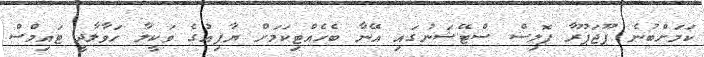
ކަމަށްބުނެ ޕޫޖަޕޫރާ ޕޮލިސް ސްޓޭޝަނުގައި އޭނާ ބެހެއްޓިކަމަށް ޔާފިއުގެ ވަކީލާ ހަވާލާދީ ޓައިމްސް